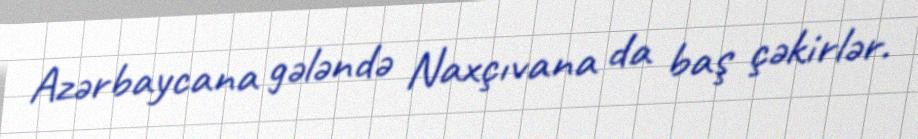
Azərbaycana gələndə Naxçıvana da baş çəkirlər.